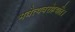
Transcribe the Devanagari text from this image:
भवेत्यवरोहयति।